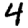
Digit: 4